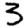
Digit: 3